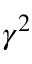
\gamma ^ { 2 }